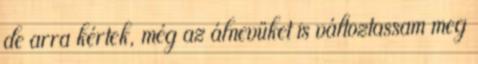
de arra kértek, még az álnevüket is változtassam meg